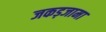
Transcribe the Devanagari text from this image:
जकड़जामा